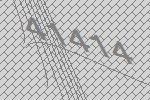
41414